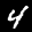
Label: 4